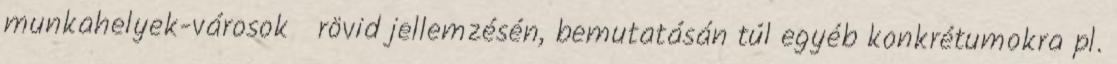
munkahelyek-városok rövid jellemzésén, bemutatásán túl egyéb konkrétumokra pl.